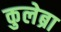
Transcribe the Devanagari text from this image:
कुलेब्रा